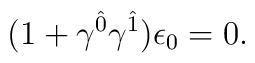
(1+\gamma^{\hat{0}}\gamma^{\hat{1}})\epsilon_0=0.